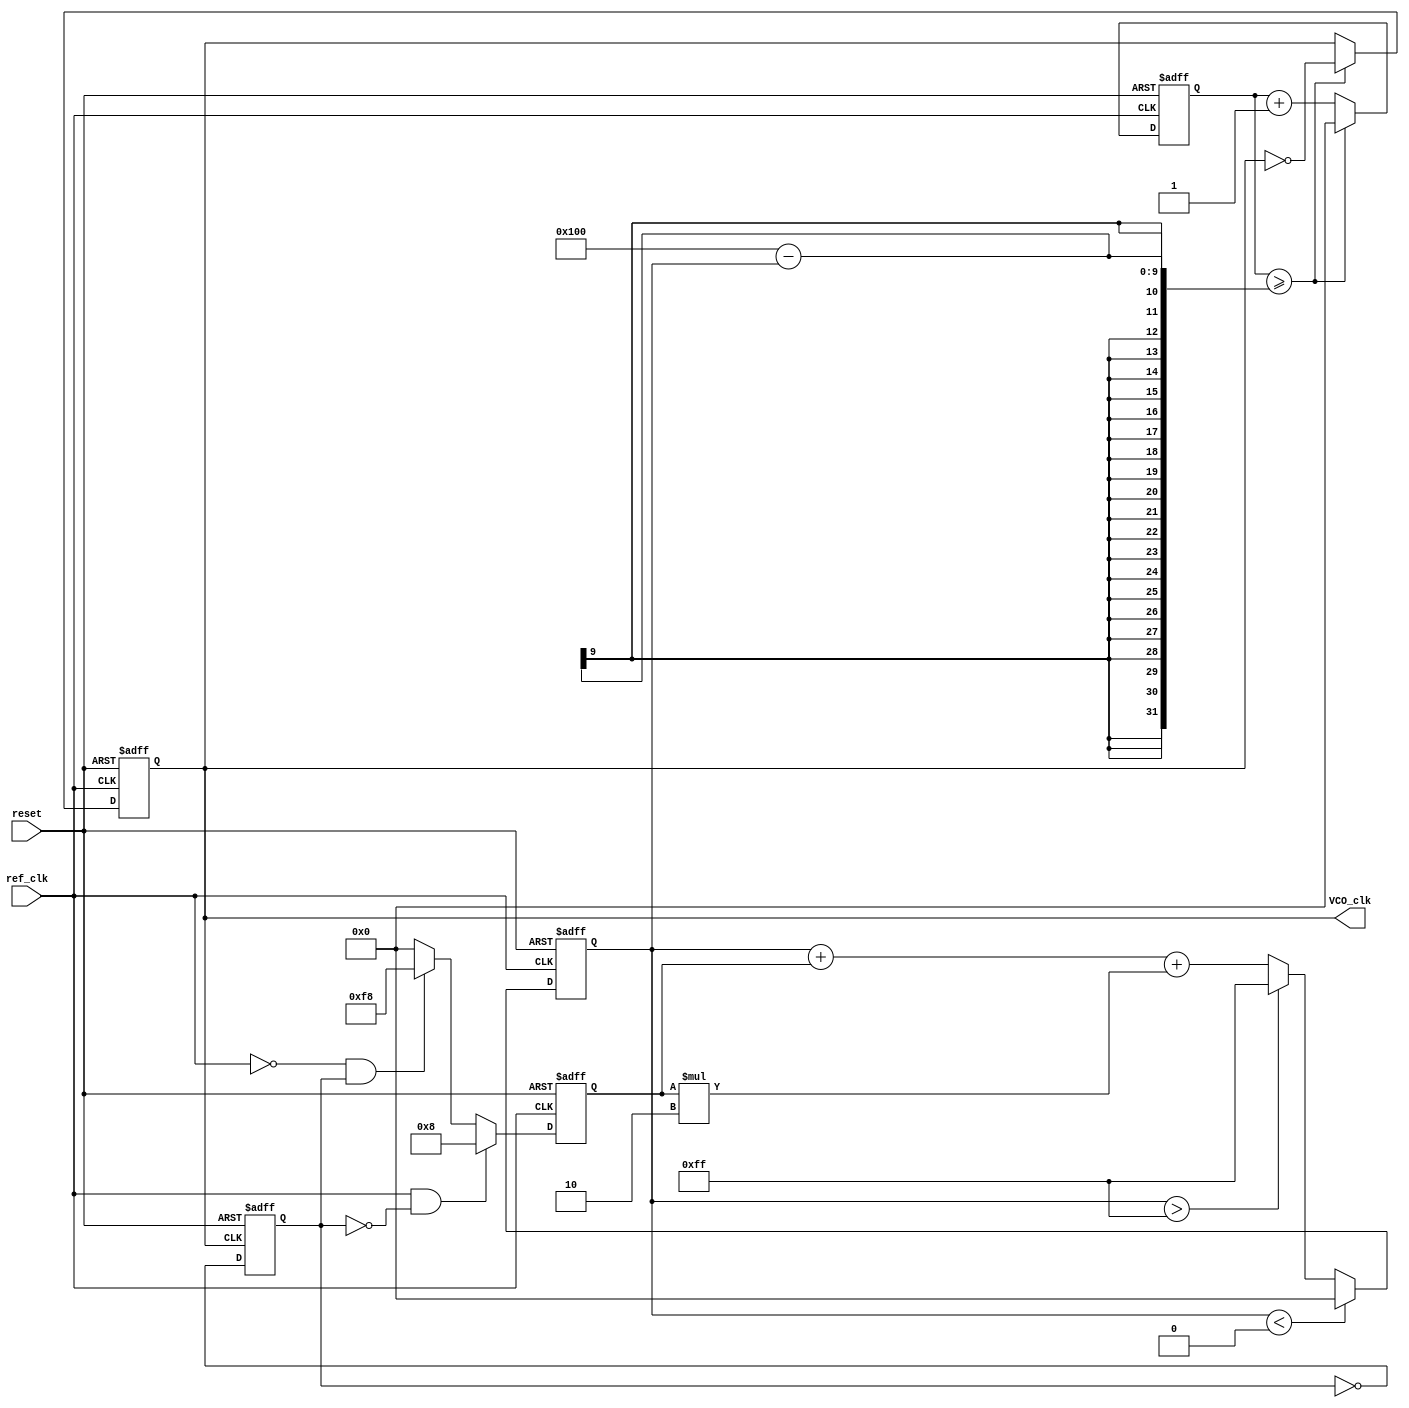
module DPLL (
    input wire ref_clk,           // Reference clock input
    input wire reset,            // Reset signal
    output reg VCO_clk           // Output clock from VCO
);

// Parameters for the Loop Filter
parameter Kp = 8;               // Proportional gain
parameter Ki = 2;               // Integral gain
parameter VCO_MAX = 255;        // Maximum control voltage
parameter VCO_MIN = 0;          // Minimum control voltage

// Internal signals
reg [7:0] Vctrl;                // Control voltage for VCO
reg [7:0] phase_error;          // Phase error signal
reg fb_clk;                     // Feedback clock signal
reg [7:0] counter;              // Counter for VCO frequency generation

// Phase Detector
always @(posedge ref_clk or posedge reset) begin
    if (reset) begin
        phase_error <= 0;
    end else begin
        // Simple phase detection logic
        if (ref_clk && !fb_clk) begin
            phase_error <= Kp;   // Positive phase error
        end else if (!ref_clk && fb_clk) begin
            phase_error <= -Kp;  // Negative phase error
        end else begin
            phase_error <= 0;     // No phase error
        end
    end
end

// Loop Filter (PI Filter)
always @(posedge ref_clk or posedge reset) begin
    if (reset) begin
        Vctrl <= 0;
    end else begin
        // Update control voltage with PI filter
        Vctrl <= Vctrl + phase_error + (phase_error * Ki);
        // Clamp control voltage to max/min
        if (Vctrl > VCO_MAX) Vctrl <= VCO_MAX;
        if (Vctrl < VCO_MIN) Vctrl <= VCO_MIN;
    end
end

// Voltage-Controlled Oscillator (VCO)
always @(posedge ref_clk or posedge reset) begin
    if (reset) begin
        counter <= 0;
        VCO_clk <= 0;
    end else begin
        // Generate VCO clock based on control voltage
        counter <= counter + 1;
        if (counter >= (256 - Vctrl)) begin
            VCO_clk <= ~VCO_clk;   // Toggle VCO clock
            counter <= 0;          // Reset counter
        end
    end
end

// Feedback Path (Frequency Divider)
always @(posedge VCO_clk or posedge reset) begin
    if (reset) begin
        fb_clk <= 0;
    end else begin
        // Simple frequency divider (divide by 2)
        fb_clk <= ~fb_clk;
    end
end

endmodule